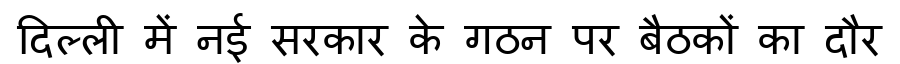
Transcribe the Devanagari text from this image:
दिल्ली में नई सरकार के गठन पर बैठकों का दौर